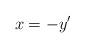
LaTeX: \begin{align*}x=-y'\end{align*}